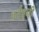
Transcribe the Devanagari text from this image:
वर्तवूनी